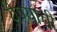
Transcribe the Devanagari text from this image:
येण्‍याची